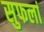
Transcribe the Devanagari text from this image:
सुफलां